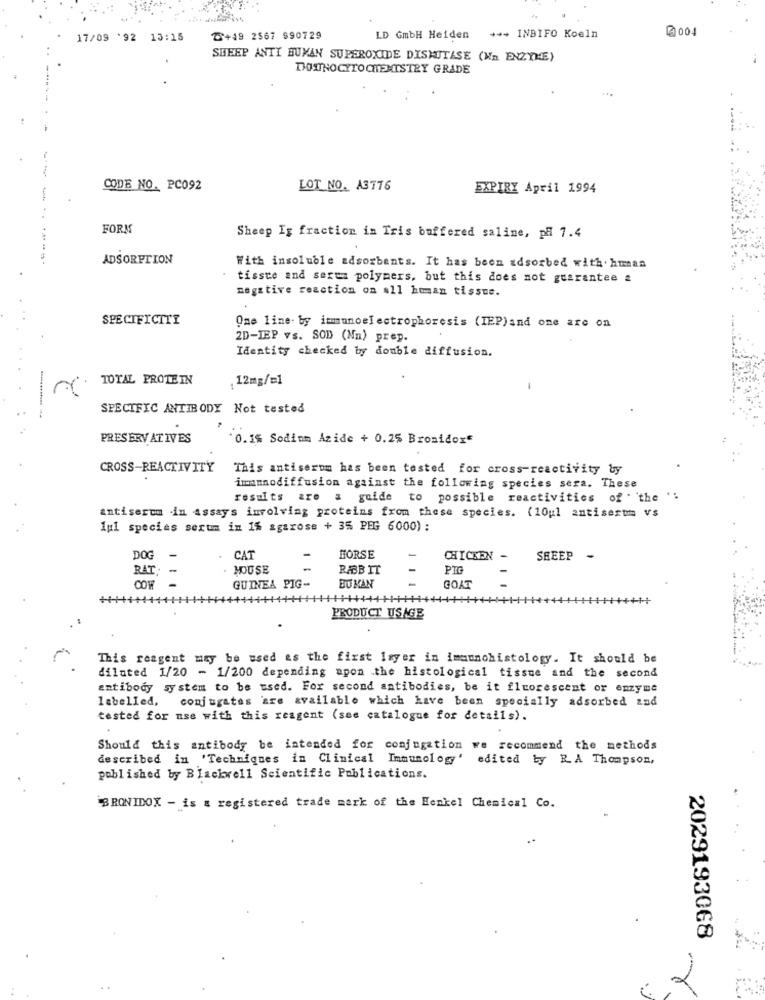
004
17/09 '92 13:15
₸+49 2567 990729
LD GmbH Heiden +++ INBIFO Koeln
SHEEP ANTI HUMAN SUPEROXIDE DISMUTASE (Wn ENZYME)
DOITNOCYTOCHEMISTRY GRADE
CODE NO. PC092
LOT NO. A3776
EXPIRY April 1994
FORM
Sheep Is fraction in Tris buffered saline, pH 7.4
ADSORPTION
With insoluble adsorbents. It has been adsorbed with. human
tisste and serua polymers, but this does not guarantee a
negative reaction on all human tissue.
SPECIFICITY
One line. by immunoelectrophoresis (IEP)and one are on
2D-IEP vs. SOD (Na) prep.
Identity checked by double diffusion.
TOTAL PROTEIN
12mg/=1
SPECIFIC ANTIBODY Not tested
PRESERVATIVES
0.1% Sodium Azide + 0.25 Bronidox"
CROSS-REACTIVITY
This antiserom has been tested for cross reactivity by
inmmodiffusion against the following species sera. These
results are a guide to possible reactivities of ' 'the '.
antiserem in Assays involving proteins from these species. (10ul antisertm vs
1ul species serum im 1% agarose + 35 PEG 6000) :
DO
CAT
-
HORSE
-
CHICKEN -
SHEEP
RAT;
HOUSE
RABB IT
-
PIG
-
GUINEA PIG-
BUKAN
GOAT
PRODUCT USAGE
This reagent may be used as the first Isyer in imannohistology. It should be
diluted 1/20 - 1/200 depending upon the histological tissue and the second
antibody system to be used. For second antibodies, be it fluorescent or enzyme
labelled, conjugates are available which have been specially adsorbed and
tested for use with this reagent (see catalogue for details).
Should this antibody be intended for conjugation we recommend the methods
described in 'Techniques in Clinical Immunology' edited ty RA Thompson,
published by Blackwell Scientific Publications.
`BRONIDOX - is a registered trade mark of the Henkel Chemical Co.
..
2029193068
2